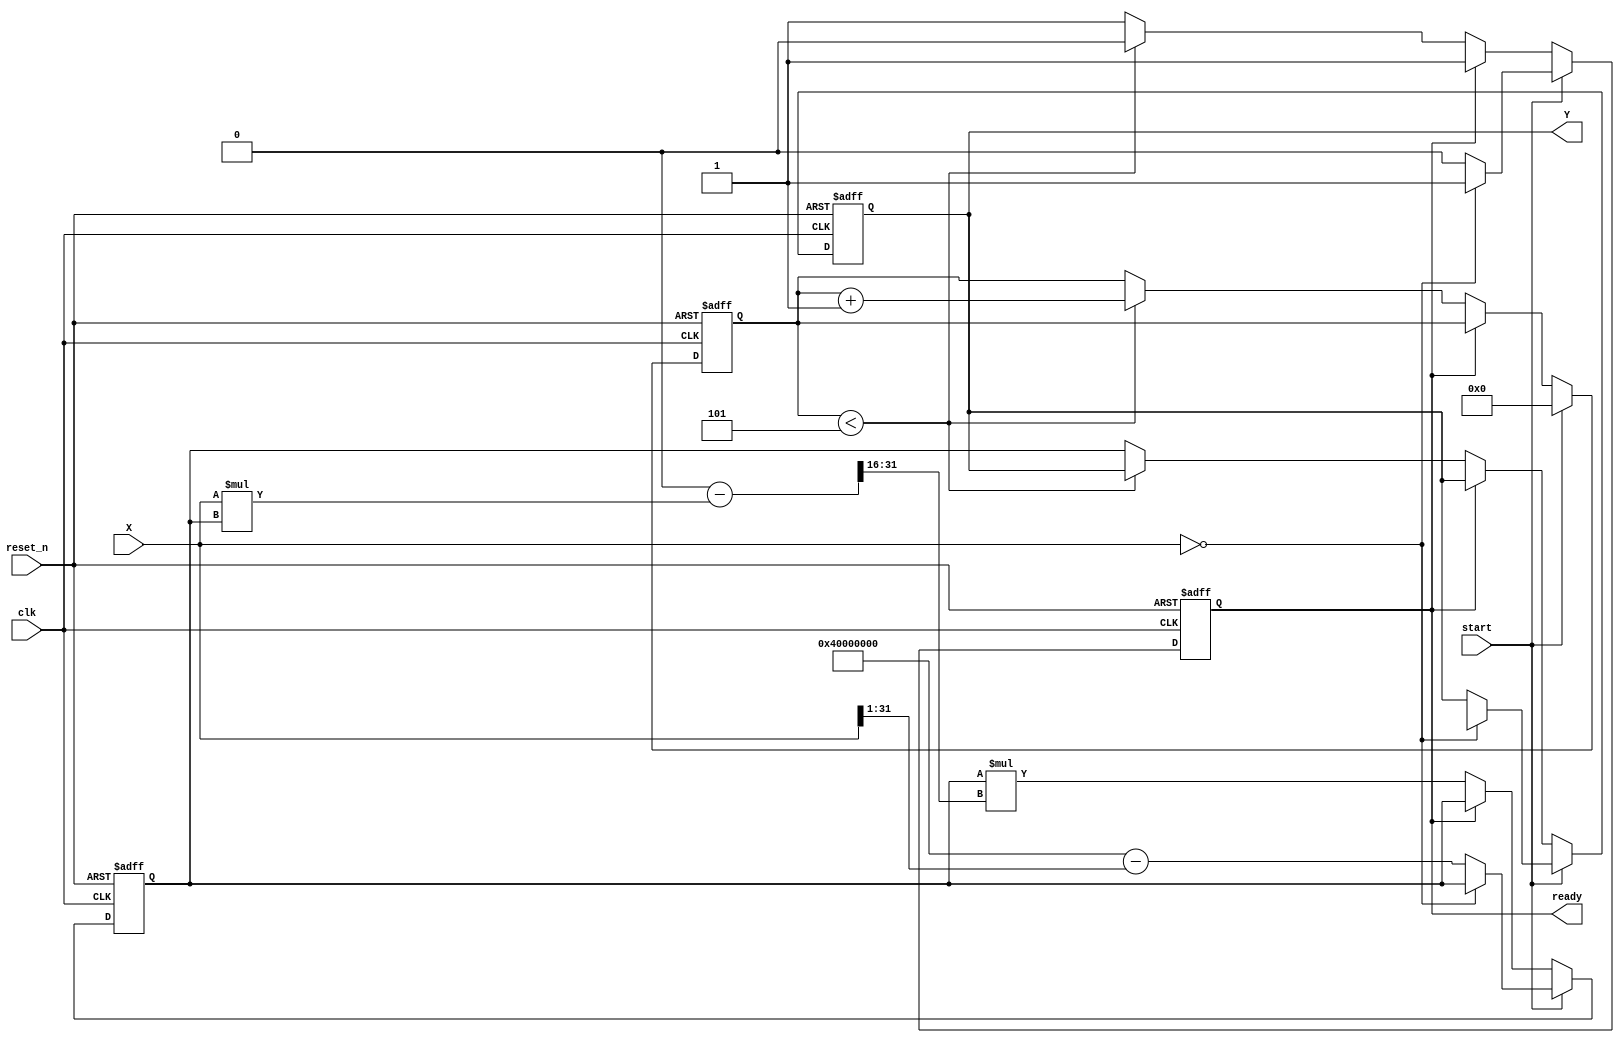
module FixedPointReciprocal #(
    parameter M = 16,  // Number of bits for the integer part
    parameter N = 16   // Number of bits for the fractional part
)(
    input  wire               clk,        // Clock signal
    input  wire               reset_n,    // Active low reset
    input  wire               start,       // Signal to start computation
    input  wire [M+N-1:0]    X,          // Input fixed-point number (Qm.n)
    output reg  [M+N-1:0]     Y,          // Output fixed-point reciprocal (Qm.n)
    output reg               ready        // Signal indicating output is ready
);

    // Internal parameters
    localparam ITERATIONS = 5; // Number of iterations for Newton-Raphson method
    reg [M+N-1:0] approx;   // Approximation of the reciprocal
    reg [M+N-1:0] x_inv;    // Inverse value
    reg [3:0] iteration_count; // Iteration counter

    // Division by zero handling
    always @(posedge clk or negedge reset_n) begin
        if (!reset_n) begin
            Y <= 0;
            ready <= 0;
            approx <= 0;
            iteration_count <= 0;
        end else if (start) begin
            // Handle zero input
            if (X == 0) begin
                Y <= {M+N{1'bx}}; // Undefined
                ready <= 1;
                iteration_count <= 0; // Reset iteration count
            end else begin
                // Initial approximation: using a simple method
                approx <= {1'b0, 1'b1, {M+N-2{1'b0}}} - (X >> 1); // Initial approx: 1/2
                iteration_count <= 0;
                ready <= 0;
            end
        end else if (!ready) begin
            // Fixpoint multiplication for Newton-Raphson
            x_inv <= approx * (2**(M+N)); // Scale for multiplication
            approx <= approx * (2**(M+N) - (X * approx) >> N); // Update approx
            
            // Increment iteration count
            if (iteration_count < ITERATIONS) begin
                iteration_count <= iteration_count + 1;
            end else begin
                // Output the final result after iterations complete
                Y <= approx;
                ready <= 1; // Signal that output is ready
            end
        end
    end

endmodule